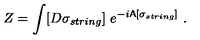
Z = \int [ D \sigma _ { s t r i n g } ] \ e ^ { - i { \sf A } [ \sigma _ { s t r i n g } ] } \ .